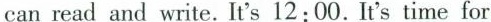
can read and write. It's 12:00. It's time for